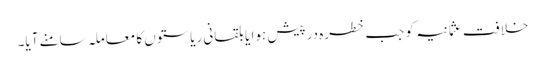
خلافت عثمانیہ کو جب خطرہ درپیش ہوا یا بلقانی ریاستوں کا معاملہ سامنے آیا۔